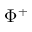
\Phi ^ { + }